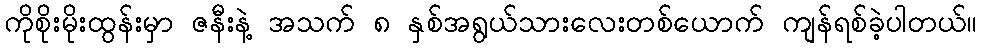
ကိုစိုးမိုးထွန်းမှာ ဇနီးနဲ့ အသက် ၈ နှစ်အရွယ်သားလေးတစ်ယောက် ကျန်ရစ်ခဲ့ပါတယ်။